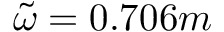
\tilde { \omega } = 0 . 7 0 6 m